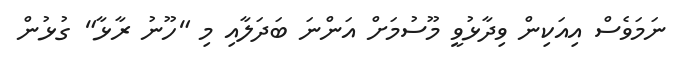
ނަމަވެސް އިއަކިން ވިދާޅުވީ މޫސުމަށް އަންނަ ބަދަލާއި މި "ހޫނު ރާޅާ" ގުޅުން